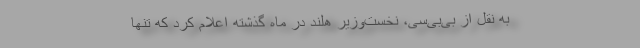
به نقل از بی‌بی‌سی، نخست‌وزیر هلند در ماه گذشته اعلام کرد که تنها